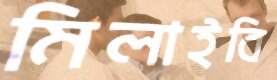
মিলাইবি